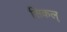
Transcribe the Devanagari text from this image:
सिकल्